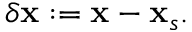
\delta \mathbf { x } : = \mathbf { x } - \mathbf { x } _ { s } .